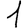
Digit: 1